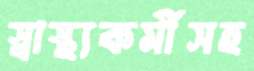
স্বাস্থ্যকর্মীসহ